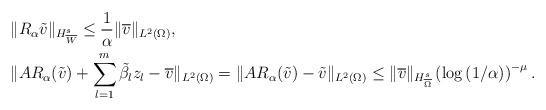
LaTeX: \begin{align*}&\|R_{\alpha} \tilde{v}\|_{H^s_{\overline{W}}} \leq \frac{1}{\alpha} \|\overline{v}\|_{L^2(\Omega)}, \\& \|A R_{\alpha}(\tilde{v})+ \sum\limits_{l=1}^{m}\tilde{\beta}_l z_l -\overline{v}\|_{L^2(\Omega)}= \|A R_{\alpha}(\tilde{v})-\tilde{v}\|_{L^2(\Omega)} \leq \|\overline{v}\|_{H^{s}_{\overline{\Omega}}}\left(\log\left(1/\alpha\right)\right)^{-\mu} .\end{align*}